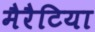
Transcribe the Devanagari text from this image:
मैरैटिया